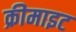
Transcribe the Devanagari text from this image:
क्रीमाइट